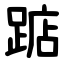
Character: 踮